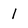
Character: 1